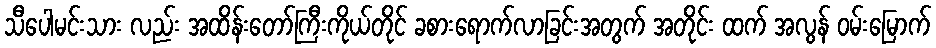
သီပေါမင်းသား လည်း အထိန်းတော်ကြီးကိုယ်တိုင် ခစားရောက်လာခြင်းအတွက် အတိုင်း ထက် အလွန် ဝမ်းမြောက်